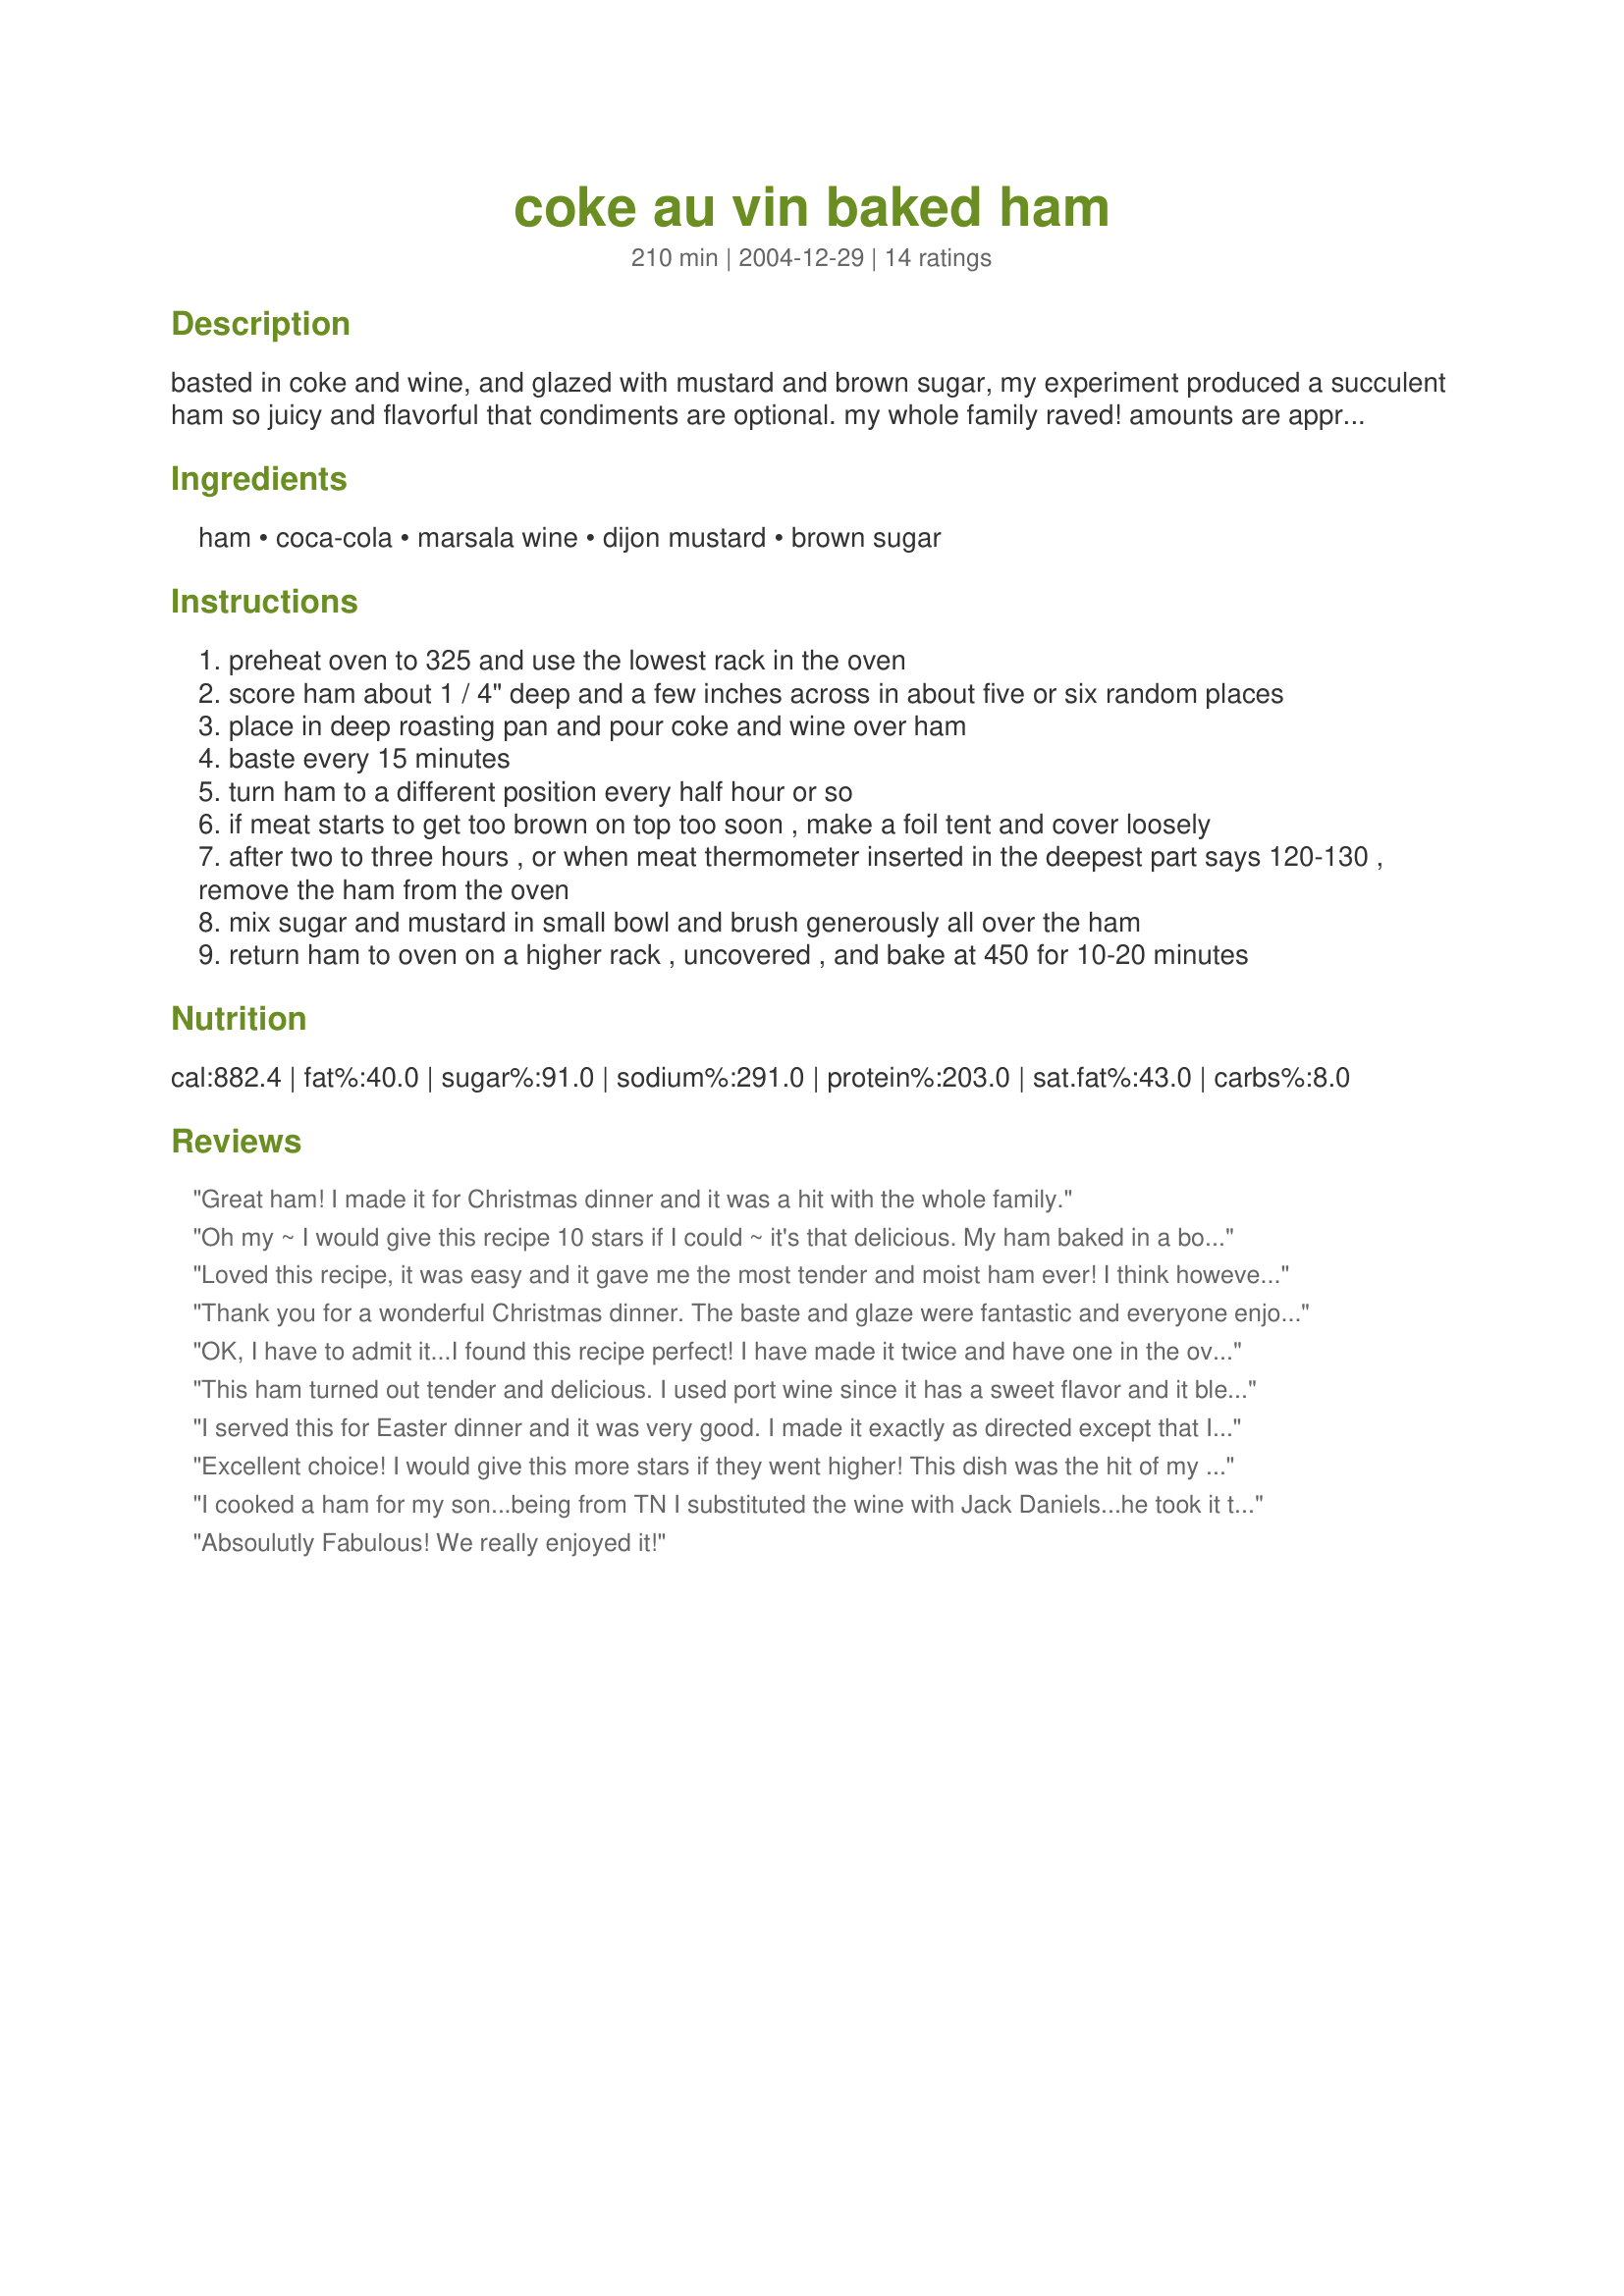
coke au vin baked ham
Preparation time: 210 minutes

basted in coke and wine, and glazed with mustard and brown sugar, my experiment produced a succulent ham so juicy and flavorful that condiments are optional. my whole family raved! amounts are approximate and may vary depending on your oven, cut of meat and personal tastes.

Ingredients:
ham, coca-cola, marsala wine, dijon mustard, brown sugar

Steps:
preheat oven to 325 and use the lowest rack in the oven
score ham about 1 / 4" deep and a few inches across in about five or six random places
place in deep roasting pan and pour coke and wine over ham
baste every 15 minutes
turn ham to a different position every half hour or so
if meat starts to get too brown on top too soon , make a foil tent and cover loosely
after two to three hours , or when meat thermometer inserted in the deepest part says 120-130 , remove the ham from the oven
mix sugar and mustard in small bowl and brush generously all over the ham
return ham to oven on a higher rack , uncovered , and bake at 450 for 10-20 minutes

Reviews:
Great ham! I made it for Christmas dinner and it was a hit with the whole family.
Oh my ~ I would give this recipe 10 stars if I could ~ it's that delicious. My ham baked in a bout 2 1/2 hours. I used Splenda brown sugar blend in place of regular brown sugar and it worked great. This is one of the best hams I have had in a long time. Thanks for posting a keeper!
Loved this recipe, it was easy and it gave me the most tender and moist ham ever! I think however, I will leave out the mustard next time. I will use the brown sugar, but I'm not sure the mustard helped it. I might even use some blackberry jam with the brown sugar.
Thank you for a wonderful Christmas dinner. The baste and glaze were fantastic and everyone enjoyed it. :)
OK, I have to admit it...I found this recipe perfect! I have made it twice and have one in the oven as we speak. There is absolutely no changing necessary, the Marsala gives it a unique and delightful twist. Do not worry that the alcohol taste will come through....it will not be noticeable accept to add a rich smoothness. The brown sugar glaze is just the right proportions. I kept my hams cut side down as they were half shanks but if I had a whole one I would turn as suggested. Thank you, I'm going to move this recipe to my "Family Favorites" cookbook. <3
This ham turned out tender and delicious. I used port wine since it has a sweet flavor and it blended nicely with the other ingredients.
I served this for Easter dinner and it was very good. I made it exactly as directed except that I had a 9lb ham so I had to cook it for an extra 20 minutes and I used 1/3 cup of spicy brown mustard instead of the dijon. The glaze came out just right and the meat was tender and soaked up a nice flavor from soaking in the wine and coke combination. We would make this again. Thanks.
Excellent choice! I would give this more stars if they went higher! This dish was the hit of my Easter dinner this year. Such delcious flavors everyone went crazy over it! We will be making this our new Easter Ham recipe from now on!
I cooked a ham for my son...being from TN I substituted the wine with Jack Daniels...he took it to the Police Dept where he works and they all loved it. Thanks for sharing your recipe.
Absoulutly Fabulous! We really enjoyed it!
This is the best ham I have ever eaten! I made it with coke and red wine and it was fabulous! I will never make another ham. The mustard brown sugar were a great addition!
This was the most tender and delicious ham I've ever tasted. It's the only way I'll ever cook a ham again. (I left out the wine)
I found this recipe last year and have made it 3 times since. It is EASY and everyone raves! (And I learned how to make a quick sweet & spicy honey mustard in the process!)
I made this on Christmas Eve, and didn't turn ham, or baste every 15 minutes as recipe indicated, and it was still delicious. Great recipe!
